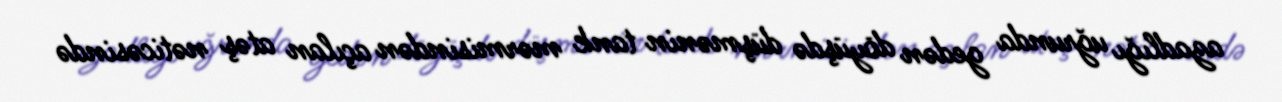
azadlığı uğrunda gedən döyüşdə düşmənin tank mərmisindən açılan atəş nəticəsində